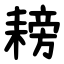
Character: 耪